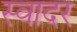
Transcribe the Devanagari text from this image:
स्वादर